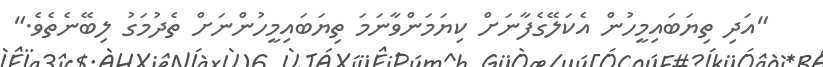
"އަދި ތިޔަބައިމީހުން އެކަލޭގެފާނަށް ކިޔަމަންވާނަމަަ ތިޔަބައިމީހުންނަށް ތެދުމަގު ލިބޭނެތެވެ."